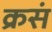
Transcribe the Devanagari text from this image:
क्रसं